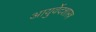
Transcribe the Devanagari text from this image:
आयुर्वेदशास्त्र